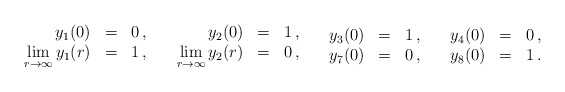
\begin{align*}\begin{array}{rcl} y_1(0)&=&0 \, , \\ \lim\limits_{r\to\infty} y_1(r) &=& 1 \, , \end{array} \quad \begin{array}{rcl} y_2(0)&=&1 \, , \\ \lim\limits_{r\to\infty} y_2(r) &=& 0 \, , \end{array} \quad \begin{array}{rcl} y_3(0)&=&1 \, , \\ y_7(0) &=& 0 \, , \end{array}\quad \begin{array}{rcl} y_4(0)&=&0 \, , \\ y_8(0) &=& 1 \, . \end{array}\quad\end{align*}